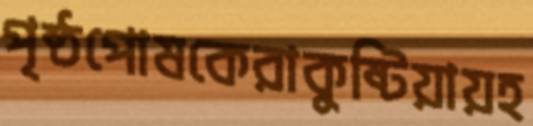
পৃষ্ঠপোষকেরাকুষ্টিয়ায়হ